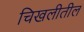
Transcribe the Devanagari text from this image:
चिखलीतील